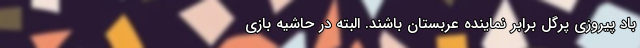
باد پیروزی پرگل برابر نماینده عربستان باشند. البته در حاشیه بازی